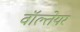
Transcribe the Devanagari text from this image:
वॉल्तेयर